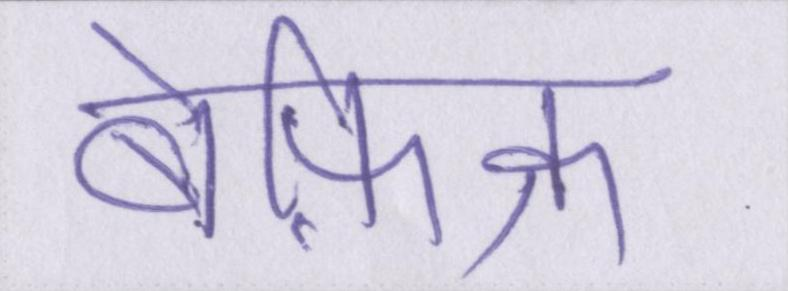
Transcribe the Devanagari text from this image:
बेफ़िक्र